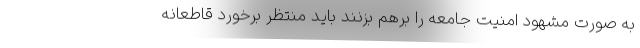
به صورت مشهود امنیت جامعه را برهم بزنند باید منتظر برخورد قاطعانه